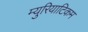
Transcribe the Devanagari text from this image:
म्युरियाटिकम